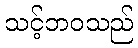
သင့်ဘဝသည်